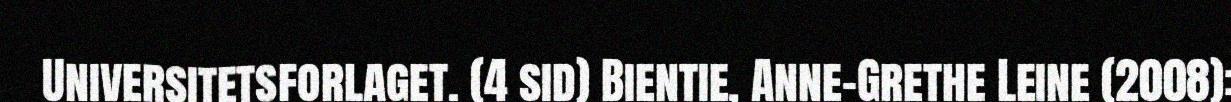
Universitetsforlaget. (4 sid) Bientie, Anne-Grethe Leine (2008):